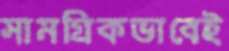
সামগ্রিকভাবেই